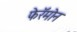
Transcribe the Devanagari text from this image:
फेरॅमोन